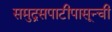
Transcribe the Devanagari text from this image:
समुद्रसपाटीपासून्ची